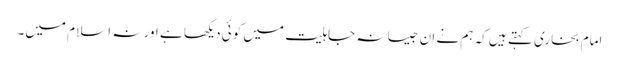
امام بخاری کہتے ہیں کہ ہم نے ان جیسا نہ جاہلیت میں کوئی دیکھا ہے اور نہ اسلام میں۔